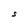
Character: S